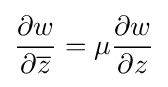
{\partial w \over \partial {\overline {z}}}=\mu {\partial w \over \partial z}